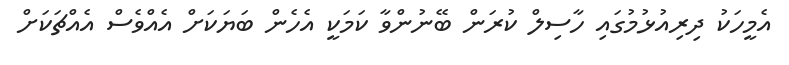
އެމީހަކު ދިރިއުޅުމުގައި ހާސިލް ކުރަން ބޭނުންވާ ކަމަކީ އެހެން ބަޔަކަށް އެއްވެސް އެއްޗަކަށް